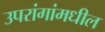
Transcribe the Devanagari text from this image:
उपरांगांमधील